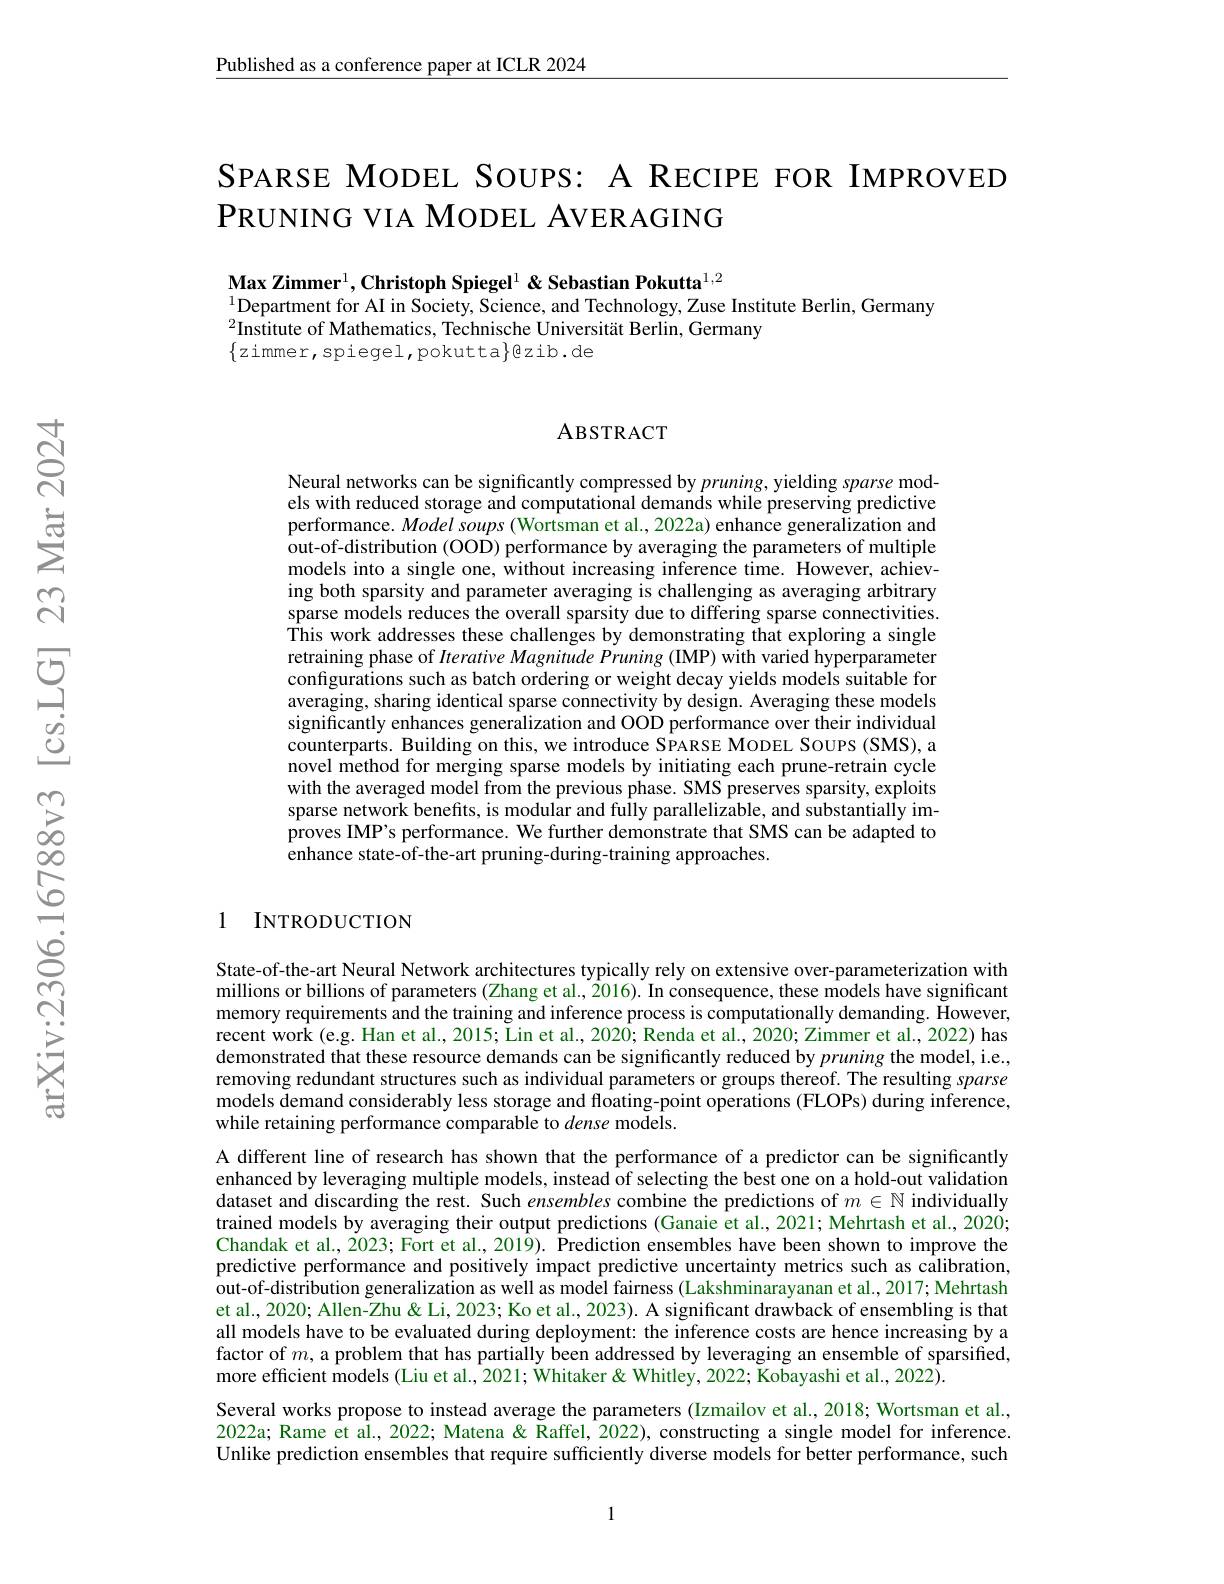
$\underline{\text{Published as a conference paper at ICLR 2024}}$

SPARSE MODEL SOUPS: A RECIPE FOR IMPROVED
$PRUNING$ VIA MODEL AVERAGING

Max Zimmer$^1$,Christoph Spiegel$^1\&\textbf{Sebastian Pokutta}^{1,2}$
$^{1}$Department for AI in Society, Science, and Technology, Zuse Institute Berlin, Germany
$^{2}$Institute of Mathematics, Technische Universität Berlin, Germany
$\{z$immer,spiegel,pokutta$\}$ezib.de

### ABSTRACT

Neural networks can be significantly compressed by $pruning$, yielding sparse models with reduced storage and computational demands while preserving predictive performance. Model soups (Wortsman et al., 2022a) enhance generalization and out-of-distribution (OOD) performance by averaging the parameters of multiple models into a single one, without increasing inference time. However, achieving both sparsity and parameter averaging is challenging as averaging arbitrary sparse models reduces the overall sparsity due to differing sparse connectivities. This work addresses these challenges by demonstrating that exploring a single retraining phase of Iterative Magnitude Pruning (IMP) with varied hyperparameter configurations such as batch ordering or weight decay yields models suitable for averaging, sharing identical sparse connectivity by design. Averaging these models significantly enhances generalization and OOD performance over their individual counterparts. Building on this, we introduce SPARSE MODEL SOUPS (SMS), a novel method for merging sparse models by initiating each prune-retrain cycle with the averaged model from the previous phase. SMS preserves sparsity, exploits sparse network benefits, is modular and fully parallelizable, and substantially improves IMP's performance. We further demonstrate that SMS can be adapted to enhance state-of-the-art pruning-during-training approaches.

## 1 INTRODUCTION

State-of-the-art Neural Network architectures typically rely on extensive over-parameterization with millions or billions of parameters (Zhang et al., 2016). In consequence, these models have significant memory requirements and the training and inference process is computationally demanding. However, recent work (e.g. Han et al., 2015; Lin et al., 2020; Renda et al., 2020; Zimmer et al., 2022) has demonstrated that these resource demands can be significantly reduced by pruning the model, i.e., removing redundant structures such as individual parameters or groups thereof. The resulting sparse models demand considerably less storage and floating-point operations (FLOPs) during inference, while retaining performance comparable to dense models.

A different line of research has shown that the performance of a predictor can be significantly enhanced by leveraging multiple models, instead of selecting the best one on a hold-out validation dataset and discarding the rest. Such ensembles combine the predictions of $m\in\mathbb{N}$ individually trained models by averaging their output predictions (Ganaie et al., 2021; Mehrtash et al., 2020; Chandak et al., 2023; Fort et al., 2019). Prediction ensembles have been shown to improve the predictive performance and positively impact predictive uncertainty metrics such as câlibration, out-of-distribution generalization as well as model fairness (Lakshminarayanan et al., 2017; Mehrtash et al., 2020; Allen-Zhu & Li, 2023; Ko et al., 2023). A significant drawback of ensembling is that all models have to be evaluated during deployment: the inference costs are hence increasing by a factor of $m$, a problem that has partially been addressed by leveraging an ensemble of sparsified, more efficient models (Liu et al., 2021; Whitaker & Whitley, 2022; Kobayashi et al., 2022).
Several works propose to instead average the parameters (Izmailov et al., 2018; Wortsman et al., 2022a; Rame et al., 2022; Matena & Raffel, 2022), constructing a single model for inference. Unlike prediction ensembles that require sufficiently diverse models for better performance, such

1